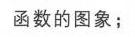
函数的图象；